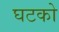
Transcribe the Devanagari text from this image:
घटको